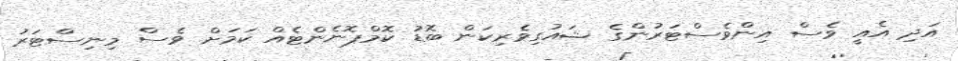
އަދި އެއީ ވެސް އިންވެސްޓަރުންގެ ޝައުގިވެރިކަން ބޮޑު ކޮމްޕޮނެންޓެއް ކަމަށް ވެސް މިނިސްޓަރު